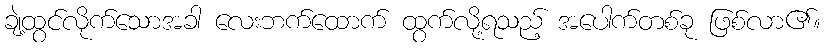
ချဲ့ထွင်လိုက်သောအခါ လေးဘက်ထောက် ထွက်လို့ရသည့် အပေါက်တစ်ခု ဖြစ်လာ၏။